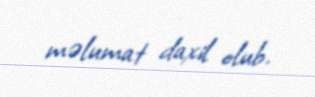
məlumat daxil olub.